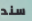
سند